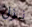
نزل